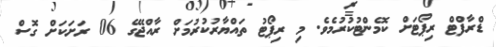
ޑްރާފްޓް ރިޕޯޓަށް ކޮމެންޓުކުރުމެވެ. މި ރިޕޯޓު ތައްޔާރުކުރުމަށް ރާއްޖޭގެ 06 ރަށަކަށް ގޮސް